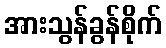
အားသွန်ခွန်စိုက်